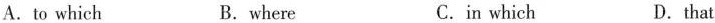
A.to which B. where C.in which D.that